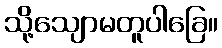
သို့သျောမတူပါခြေ။